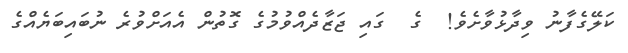
ކަލޭގެފާނު ވިދާޅުވާށެވެ!  ގެ  ގައި ޖަޒާދެއްވުމުގެ ގޮތުން އެއަށްވުރެ ނުބައިބަޔެއްގެ